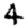
Digit: 4